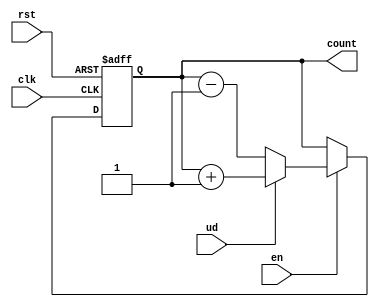
module UpDownCounter (
    input wire clk,       // Clock signal
    input wire rst,       // Asynchronous reset
    input wire ud,        // Up/Down control signal
    input wire en,        // Enable signal
    output reg [N-1:0] count // Count output
);
    parameter N = 4; // Number of bits in the counter (can be modified)

    // Asynchronous reset and counter logic
    always @(posedge clk or posedge rst) begin
        if (rst) begin
            count <= 0; // Reset count to zero
        end else if (en) begin
            if (ud) begin
                // Count up
                count <= count + 1;
            end else begin
                // Count down
                count <= count - 1;
            end
        end
    end

endmodule